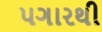
પગારથી